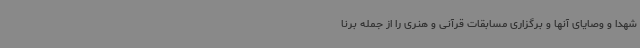
شهدا و وصایای آنها و برگزاری مسابقات قرآنی و هنری را از جمله برنا